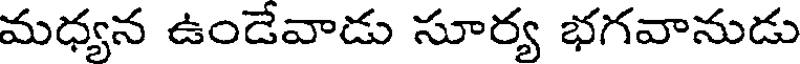
మధ్యన ఉండేవాడు సూర్య భగవానుడు